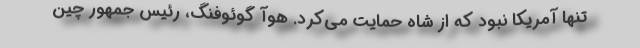
تنها آمریکا نبود که از شاه حمایت می‌کرد. هوآ گوئوفنگ، رئیس جمهور چین